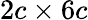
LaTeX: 2c\times 6c